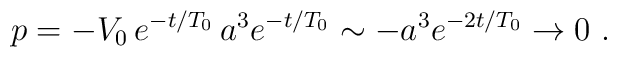
p=-V_0 \, e^{-t/T_0} \, a^3 e^{-t/T_0} \sim -a^3 e^{-2t/T_0} \to 0 \ .